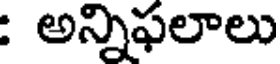
: అన్నిఫలాలు